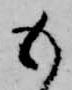
も